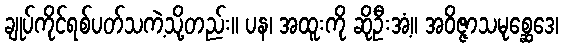
ချုပ်ကိုင်ရစ်ပတ်သကဲ့သို့တည်း။ ပန၊ အထူးကို ဆိုဦးအံ့။ အဝိဇ္ဇာသမုစ္ဆေဒေ၊